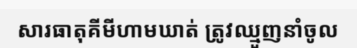
សារធាតុគីមីហាមឃាត់ ត្រូវឈ្មួញនាំចូល